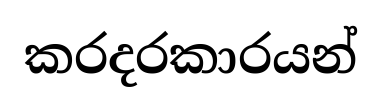
කරදරකාරයන්